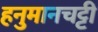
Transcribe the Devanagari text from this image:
हनुमानचट्टी